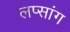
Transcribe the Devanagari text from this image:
लप्सांग